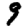
Digit: 9